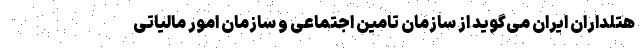
هتلداران ایران می‌گوید از سازمان تامین اجتماعی و سازمان امور مالیاتی